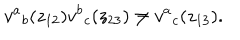
v ^ { a } { } _ { b } ( z _ { 1 2 } ) v ^ { b } { } _ { c } ( z _ { 2 3 } ) \neq v ^ { a } { } _ { c } ( z _ { 1 3 } ) .